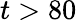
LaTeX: t>80